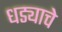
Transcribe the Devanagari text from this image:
धड्याचे